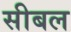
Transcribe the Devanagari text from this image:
सीबल